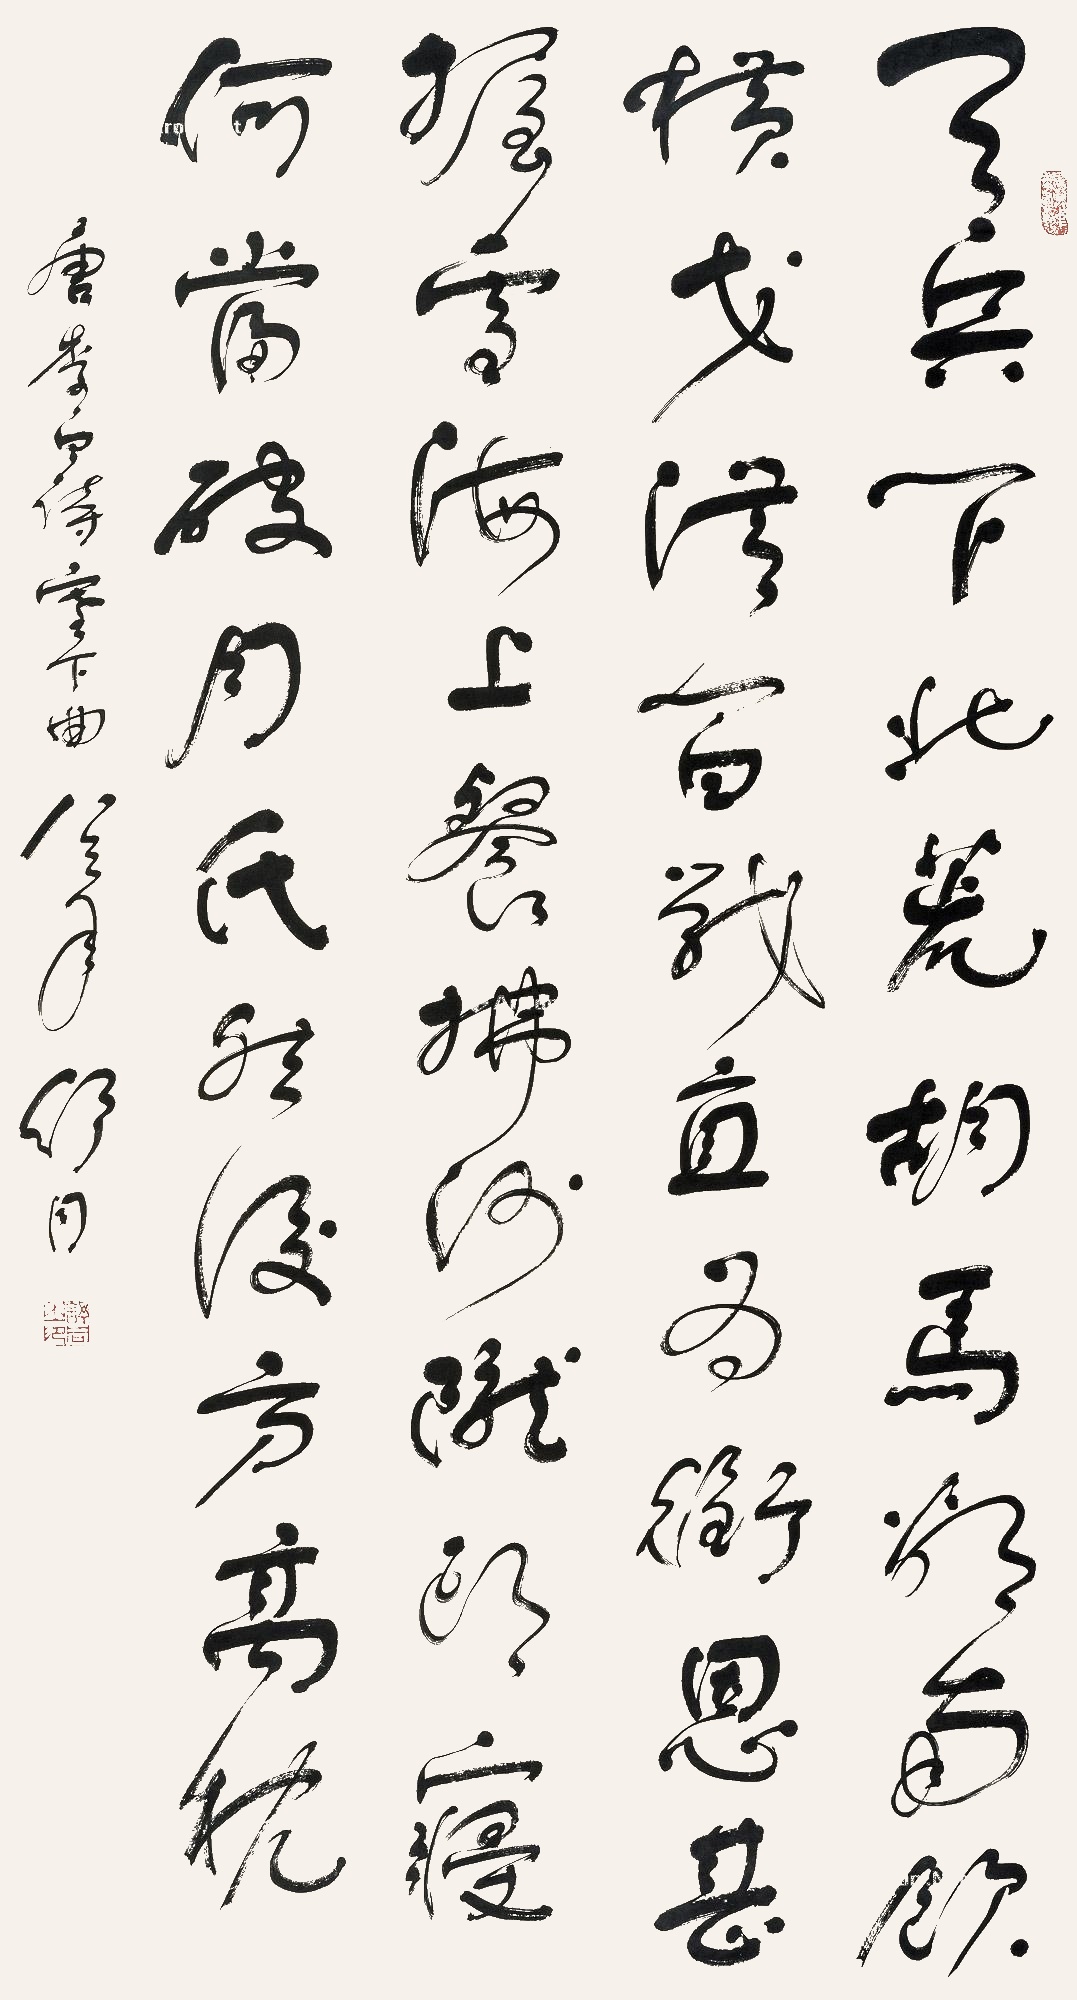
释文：天兵下北荒胡马欲南饮横戈从百战直为衔恩甚握雪海上餐拂沙陇头寝何当破月氏然后方高枕唐李白诗塞下曲八三年舒同